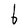
Character: b